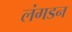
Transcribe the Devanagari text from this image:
लंगडन